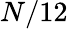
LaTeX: N/12